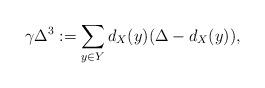
LaTeX: \begin{align*}\gamma\Delta^3:=\sum_{y\in Y}d_X(y)(\Delta-d_X(y)),\end{align*}